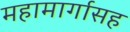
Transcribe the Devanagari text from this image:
महामार्गासह